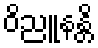
ဝိညူနန္တိ